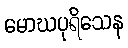
မောဃပုရိသေန